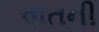
વાતની